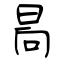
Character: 晑